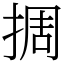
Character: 㨄